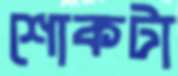
শোকটা